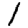
Digit: 1